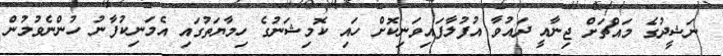
ނަޝީދުގެ މައްޗަށް ޖިނާއީ ދައުވާ އުފުލާފައިވަނިކޮށް ހައި ކޮމިޝަނުގެ ހިމާޔަތުގައި އެމަނިކުފާނު ހުންނެވުމުން